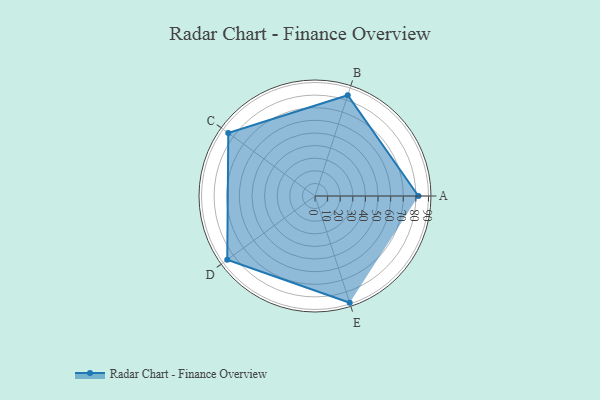
{"axis": {"x": "Skill", "y": "Score"}, "legend": ["Profile"], "data": [{"x": "A", "y": 82.0, "type": "Profile"}, {"x": "B", "y": 84.0, "type": "Profile"}, {"x": "C", "y": 85.0, "type": "Profile"}, {"x": "D", "y": 86.0, "type": "Profile"}, {"x": "E", "y": 89.0, "type": "Profile"}]}